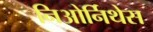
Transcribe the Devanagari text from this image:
निओर्निथेस